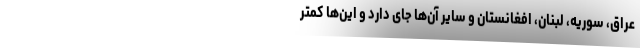
عراق، سوریه، لبنان، افغانستان و سایر آن‌ها جای دارد و این‌ها کمتر